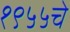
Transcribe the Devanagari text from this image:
१९५५चे